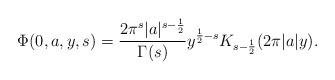
LaTeX: \begin{align*}\Phi(0,a,y,s) = \frac{2\pi^s|a|^{s-\frac12}}{\Gamma(s)} y^{\frac12-s} K_{s-\frac12}(2\pi |a| y).\end{align*}